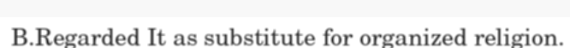
B.Regarded It as substitute for organized religion.